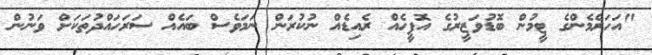
"އަހަރެމެންގެ ޓީމުން ބޮޑުވަޒީރުގެ އޮފީހެއް ރެއިޑެއް ނުކުރަން ނަމަވެސް ބައެއް ސަރަހައްދުތަކަށް ވަނުން